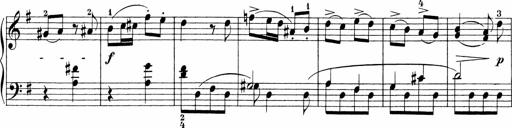
Title: 3 Sonatinas
Composer: Carl Reinecke